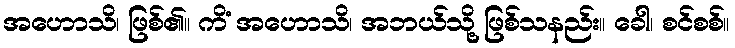
အဟောသိ၊ ဖြစ်၏။ ကိံ အဟောသိ၊ အဘယ်သို့ ဖြစ်သနည်း။ ခေါ၊ စင်စစ်။